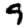
Digit: 9